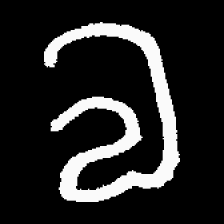
Pyu character \u2014 Myanmar letter: လ (romanized: la)